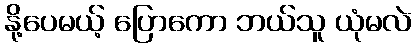
နို့ပေမယ့် ပြောကော ဘယ်သူ ယုံမလဲ